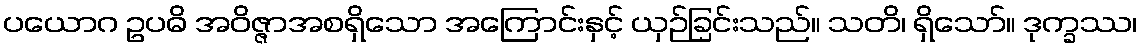
ပယောဂ ဥပဓိ အဝိဇ္ဇာအစရှိသော အကြောင်းနှင့် ယှဉ်ခြင်းသည်။ သတိ၊ ရှိသော်။ ဒုက္ခဿ၊